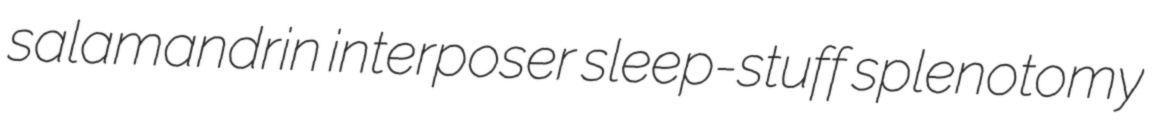
salamandrin interposer sleep-stuff splenotomy